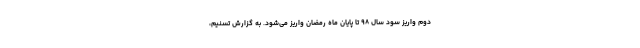
دوم واریز سود سال ۹۸ تا پایان ماه رمضان واریز می‌شود. به گزارش تسنیم،